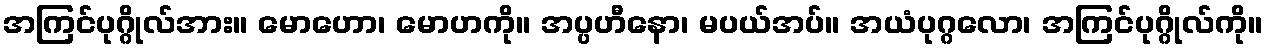
အကြင်ပုဂ္ဂိုလ်အား။ မောဟော၊ မောဟကို။ အပ္ပဟီနော၊ မပယ်အပ်။ အယံပုဂ္ဂလော၊ အကြင်ပုဂ္ဂိုလ်ကို။